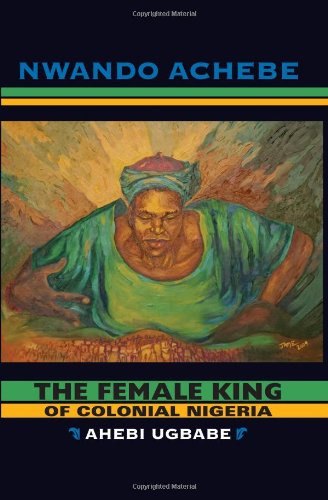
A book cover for The Female King of Colonial Nigeria: Ahebi Ugbabe; Nwando Achebe; History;